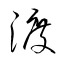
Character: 渡